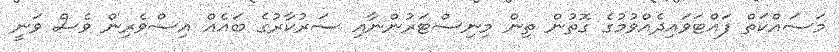
މަސައްކަތް ފައްޓަވައިދެއްވުމުގެ ގޮތުން ތިން މިނިސްޓަރުންނާއި ސަރުކާރުގެ ބައެއް އިސްވެރިން ވެސް ވަނީ